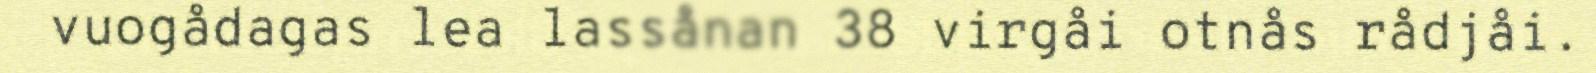
vuogådagas lea lassånan 38 virgåi otnås rådjåi.